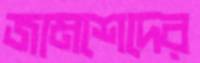
জামশেদের